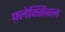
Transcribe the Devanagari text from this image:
फ़्लेक्सिबल